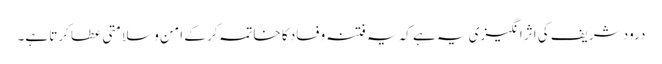
درود شریف کی اثر انگیزی یہ ہے کہ یہ فتنہ وفساد کا خاتمہ کر کے امن و سلامتی عطا کرتا ہے۔